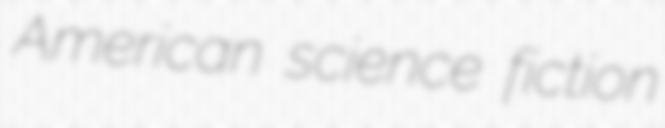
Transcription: American science fiction